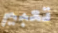
تعبير